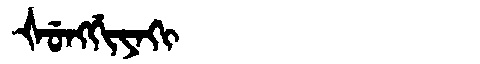
Manchu: ᡧᡠᠩᡤᡳᠶᠠᡴᡳ
Romanization: ŠUNGGIYAKI